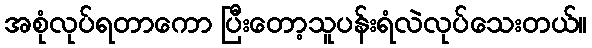
အစုံလုပ်ရတာကော ပြီးတော့သူပန်းရံလဲလုပ်သေးတယ်။